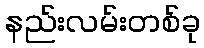
နည်းလမ်းတစ်ခု